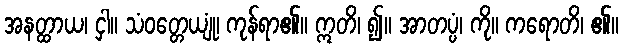
အနတ္ထာယ၊ ငှါ။ သံဝတ္တေယျုံ၊ ကုန်ရာ၏။ ဣတိ၊ ၍။ အာတပ္ပံ၊ ကို။ ကရောတိ၊ ၏။